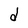
Character: d